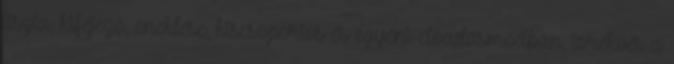
tiszta, kifejező, éneklése, kiscsoportos és egyéni előadásmódban, törekvés a